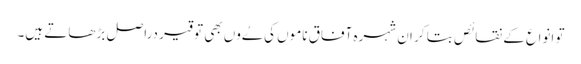
تو انواع کے نقائص بتا کر ان شہرہ آفاق ناموں کی ےُوں بھی توقیر دراصل بڑھاتے ہیں۔